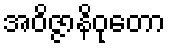
အဝိဇ္ဇာနိဝုတော